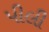
પીલી